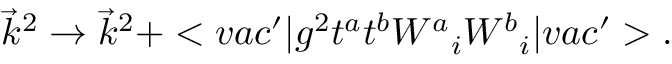
\vec { k } ^ { 2 } \rightarrow \vec { k } ^ { 2 } + < v a c ^ { \prime } | g ^ { 2 } t ^ { a } t ^ { b } { W ^ { a } } _ { i } { W ^ { b } } _ { i } | v a c ^ { \prime } > .